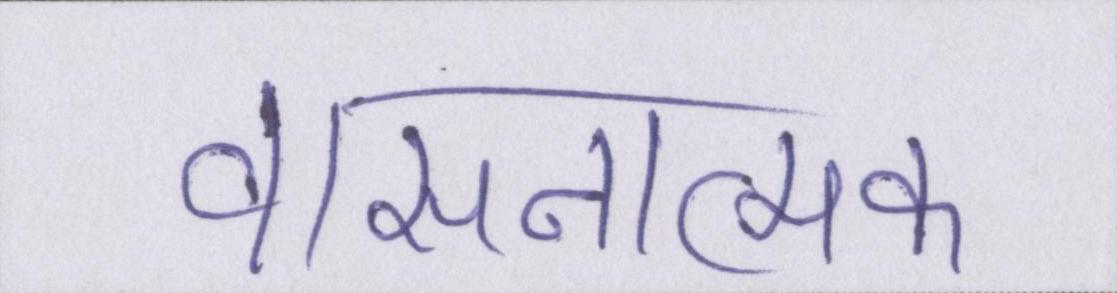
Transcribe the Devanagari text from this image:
वासनात्मक